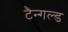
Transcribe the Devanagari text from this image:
टैन्गल्ड